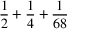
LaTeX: { \frac { 1 } { 2 } } + { \frac { 1 } { 4 } } + { \frac { 1 } { 6 8 } }